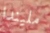
مليندا